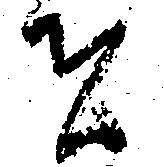
者